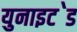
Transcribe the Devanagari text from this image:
युनाइट॓ड